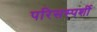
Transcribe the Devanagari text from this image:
परिसस्पर्शी